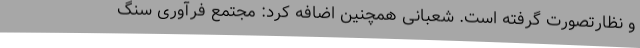
و نظارتصورت گرفته است. شعبانی همچنین اضافه کرد: مجتمع فرآوری سنگ